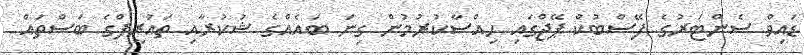
ޑައިވް ސެންޓަރުގެ ފޭސްބުކް ޕޭޖްގައި ހިއްސާކުރުމުން ގިނަ ބައެއްގެ ޝުކުރާއި ތައުރީފްގެ ބަސްތައް